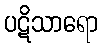
ပဋိသာရော